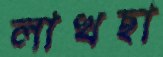
লাখছা